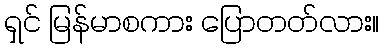
ရှင် မြန်မာစကား ပြောတတ်လား။